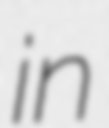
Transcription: in